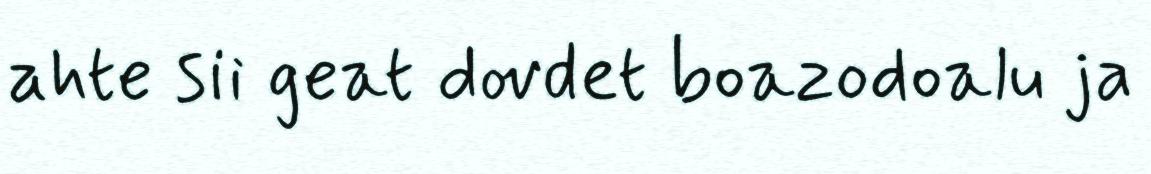
ahte sii geat dovdet boazodoalu ja